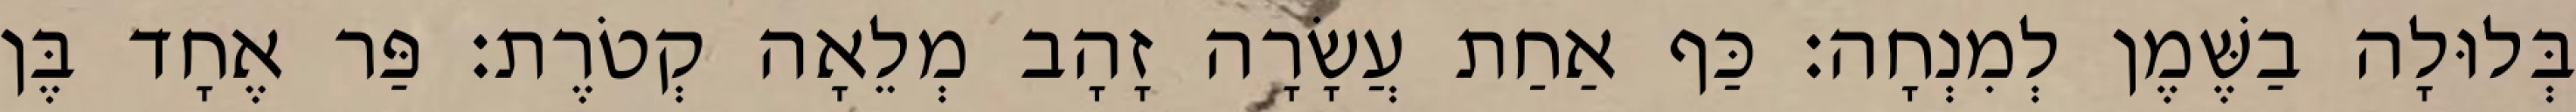
בְּלוּלָה בַשֶּׁמֶן לְמִנְחָה׃ כַּף אַחַת עֲשָׂרָה זָהָב מְלֵאָה קְטֹרֶת׃ פַּר אֶחָד בֶּן